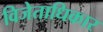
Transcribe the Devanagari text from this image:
विजेताधिकार